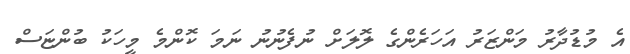
އެ މުޑުދާރު މަންޒަރު އަހަރެންގެ ލޮލަށް ނުފެނުނު ނަމަ ކޮންމެ މީހަކު ބުންޏަސް